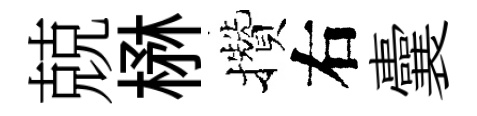
兢楙攢右囊